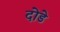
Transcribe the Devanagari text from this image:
दोडे